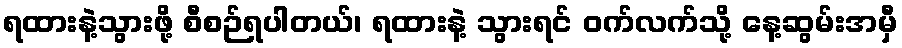
ရထားနဲ့သွားဖို့ စီစဉ်ရပါတယ်၊ ရထားနဲ့ သွားရင် ဝက်လက်သို့ နေ့ဆွမ်းအမှီ